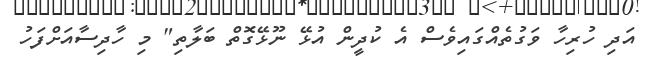
އަދި ހުރިހާ ވަގުތެއްގައިވެސް އެ ކުދީން އުޅޭ ނޫޅޭގޮތް ބަލާތި" މި ހާދިސާއަށްފަހު